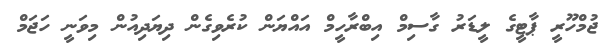
ޖުމްހޫރީ ޕާޓީގެ ލީޑަރު ގާސިމް އިބްރާހީމް އައްޔަން ކުރެވިގެން ދިޔަދިއުން މިވަނީ ހަޖަމް